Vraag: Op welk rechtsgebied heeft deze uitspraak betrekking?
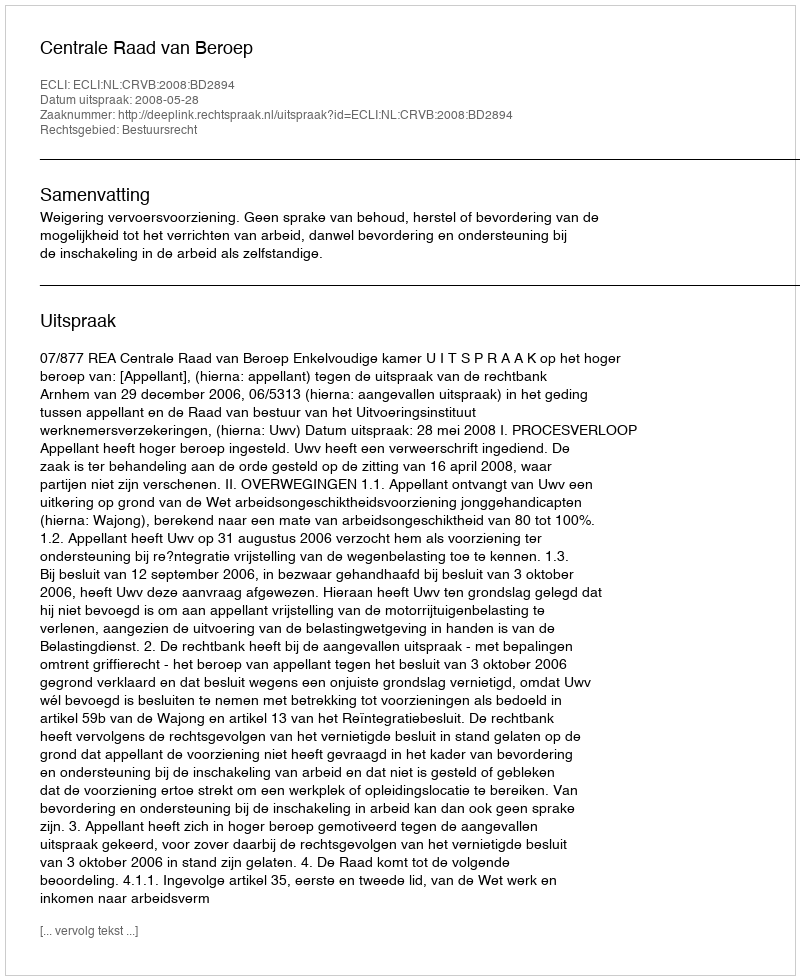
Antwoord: Bestuursrecht